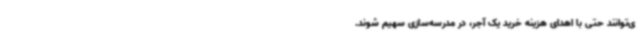
ی‌توانند حتی با اهدای هزینه خرید یک آجر، در مدرسه‌سازی سهیم شوند.